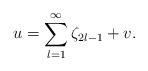
LaTeX: \begin{align*}u = \sum_{\l = 1}^\infty \zeta_{2\l-1} + v.\end{align*}